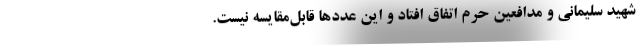
شهید سلیمانی و مدافعین حرم اتفاق افتاد و این عددها قابل‌مقایسه نیست.